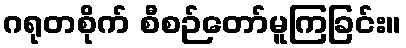
ဂရုတစိုက် စီစဉ်တော်မူကြခြင်း။